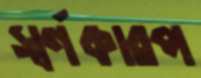
স্বর্ণকারপ